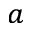
^ { a }